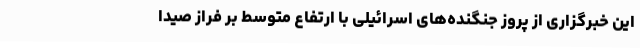
این خبرگزاری از پروز جنگنده‌های اسرائیلی با ارتفاع متوسط بر فراز صیدا